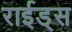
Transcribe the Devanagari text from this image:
राईड्स